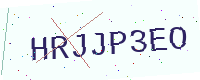
Text: HRJJP3EO